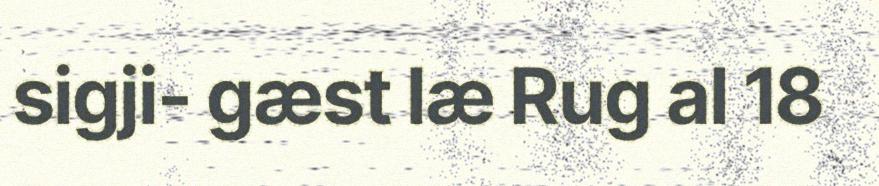
sigji- gæst læ Rug al 18